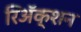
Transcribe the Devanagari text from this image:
रिअॅक्शन